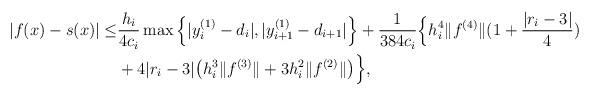
LaTeX: \begin{align*}|f(x) - s(x) | \le & \frac{h_i}{4c_i} \max \Big \{ |y_i^{(1)} -d_i|, |y_{i+1}^{(1)} - d_{i+1}|\Big \}+ \frac{1}{384 c_i} \Big\{ h_i^4 \| f^{(4)} \| (1 + \frac{|r_i -3| }{4}) \\ & + 4 |r_i - 3| \big ( h_i^3 \| f^{(3)} \| + 3 h_i^2 \| f^{(2)} \|\big ) \Big \},\end{align*}